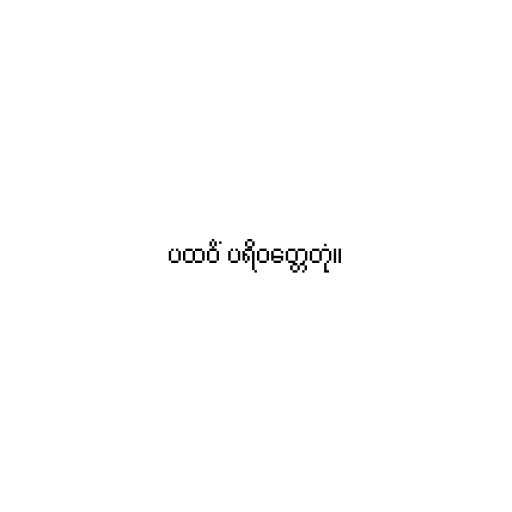
ပထဝိံ ပရိဝတ္တေတုံ။